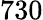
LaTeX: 730